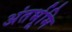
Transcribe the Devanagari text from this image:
अंतर्भूमि